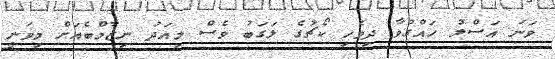
ވަނަ އަސްލު ހައްގުވާ ދިވެހި ކޯޗުގެ ލަގަބު ވެސް މިއަދު ނިޒާމްބެއަށް މިވަނީ